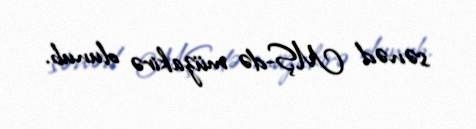
sənəd MŞ-də müzakirə olunub.